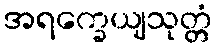
အရက္ခေယျသုတ္တံ